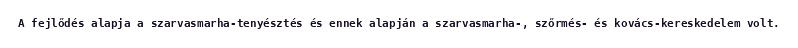
A fejlődés alapja a szarvasmarha-tenyésztés és ennek alapján a szarvasmarha-, szőrmés- és kovács-kereskedelem volt.